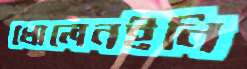
খোলেনইনি